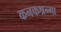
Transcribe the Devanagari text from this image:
कनकश्रन्गा